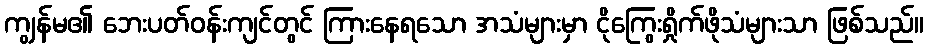
ကျွန်မ၏ ဘေးပတ်ဝန်းကျင်တွင် ကြားနေရသော အသံများမှာ ငိုကြွေးရှိုက်ဖိုသံများသာ ဖြစ်သည်။